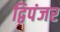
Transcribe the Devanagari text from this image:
द्विपंजर